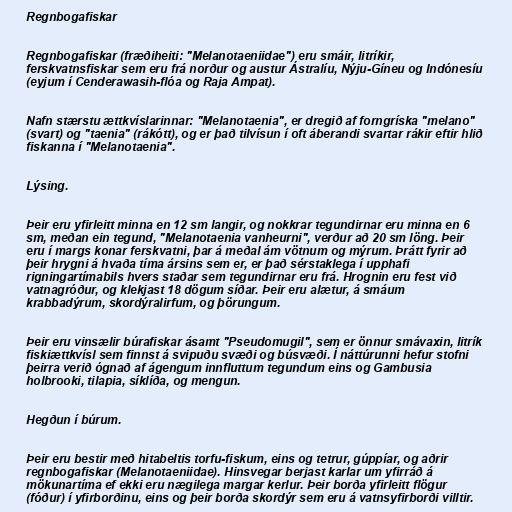
Regnbogafiskar

Regnbogafiskar (fræðiheiti: "Melanotaeniidae") eru smáir, litríkir,
ferskvatnsfiskar sem eru frá norður og austur Ástralíu, Nýju-Gíneu og Indónesíu
(eyjum í Cenderawasih-flóa og Raja Ampat).

Nafn stærstu ættkvíslarinnar: "Melanotaenia", er dregið af forngríska "melano"
(svart) og "taenia" (rákótt), og er það tilvísun í oft áberandi svartar rákir eftir hlið
fiskanna í "Melanotaenia".

Lýsing.

Þeir eru yfirleitt minna en 12 sm langir, og nokkrar tegundirnar eru minna en 6
sm, meðan ein tegund, "Melanotaenia vanheurni", verður að 20 sm löng. Þeir
eru í margs konar ferskvatni, þar á meðal ám vötnum og mýrum. Þrátt fyrir að
þeir hrygni á hvaða tíma ársins sem er, er það sérstaklega í upphafi
rigningartímabils hvers staðar sem tegundirnar eru frá. Hrognin eru fest við
vatnagróður, og klekjast 18 dögum síðar. Þeir eru alætur, á smáum
krabbadýrum, skordýralirfum, og þörungum.

Þeir eru vinsælir búrafiskar ásamt "Pseudomugil", sem er önnur smávaxin, litrík
fiskiættkvísl sem finnst á svipuðu svæði og búsvæði. Í náttúrunni hefur stofni
þeirra verið ógnað af ágengum innfluttum tegundum eins og Gambusia
holbrooki, tilapia, síklíða, og mengun.

Hegðun í búrum.

Þeir eru bestir með hitabeltis torfu-fiskum, eins og tetrur, gúppíar, og aðrir
regnbogafiskar (Melanotaeniidae). Hinsvegar berjast karlar um yfirráð á
mökunartíma ef ekki eru nægilega margar kerlur. Þeir borða yfirleitt flögur
(fóður) í yfirborðinu, eins og þeir borða skordýr sem eru á vatnsyfirborði villtir.